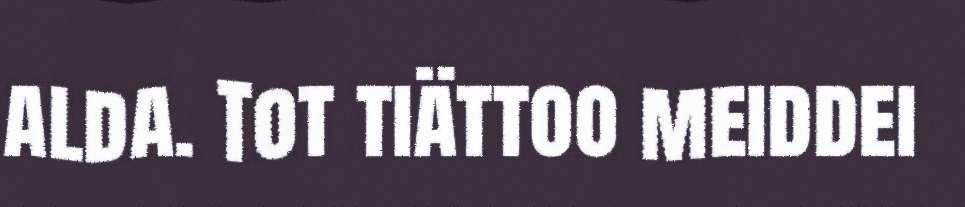
alda. Tot tiättoo meiddei